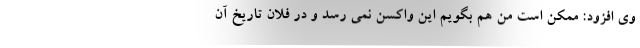
وی افزود: ممکن است من هم بگویم این واکسن نمی رسد و در فلان تاریخ آن